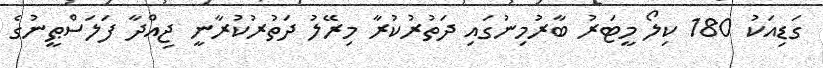
ގަޑިއަކު 180 ކިލޯ މީޓަރު ބާރުމިނުގައި ދަތުރުކުރާ މިރޭލު ދަތުރުކުރާނީ ޖިއްދާ ފަލަސްޠީނުގެ